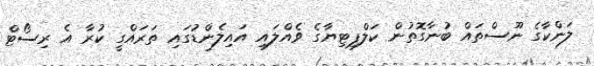
ލަންކާގެ ނޫސްތައް ބުނާގޮތުން ކަލްޕިޓިޔާގެ ވެއްލައި އައިލެންޑުގައި ތަރައްގީ ކުރާ އެ ރިސޯޓް